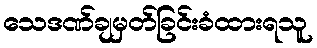
သေဒဏ်ချမှတ်ခြင်းခံထားရသူ